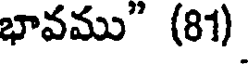
భావము" (81)